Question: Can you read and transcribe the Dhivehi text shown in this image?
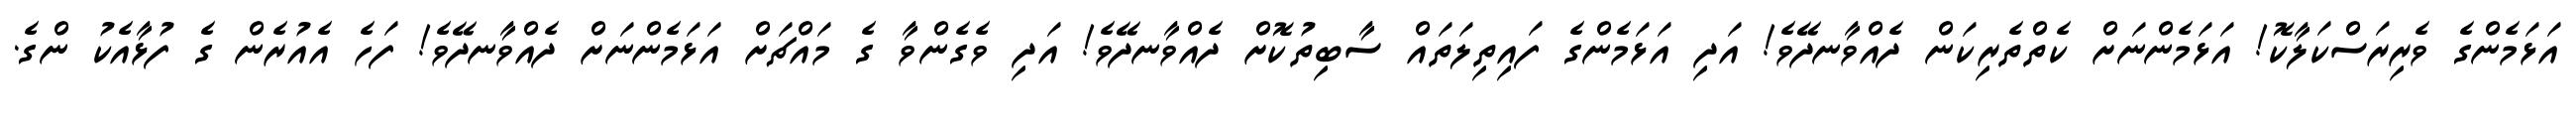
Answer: އަޅަމެންގެ ވެރިރަސްކަލާކޮ! އަޅަމެންނަށް ކެތްތެރިކަން ދެއްވާނދޭވެ! އަދި އަޅަމެންގެ ފައިތިލަތައް ސާބިތުކޮށް ދެއްވާނދޭވެ! އަދި ވެގެންވާ ގެ މައްޗަށް އަޅަމެންނަށް ދެއްވާނދޭވެ! ފަހެ އެއުރެން ގެ ފުޅާއެކު ންގެ.